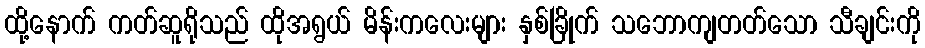
ထို့နောက် ကတ်ဆူရိုသည် ထိုအရွယ် မိန်းကလေးများ နှစ်ခြိုက် သဘောကျတတ်သော သီချင်းကို